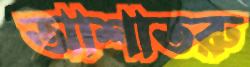
আশাতরু